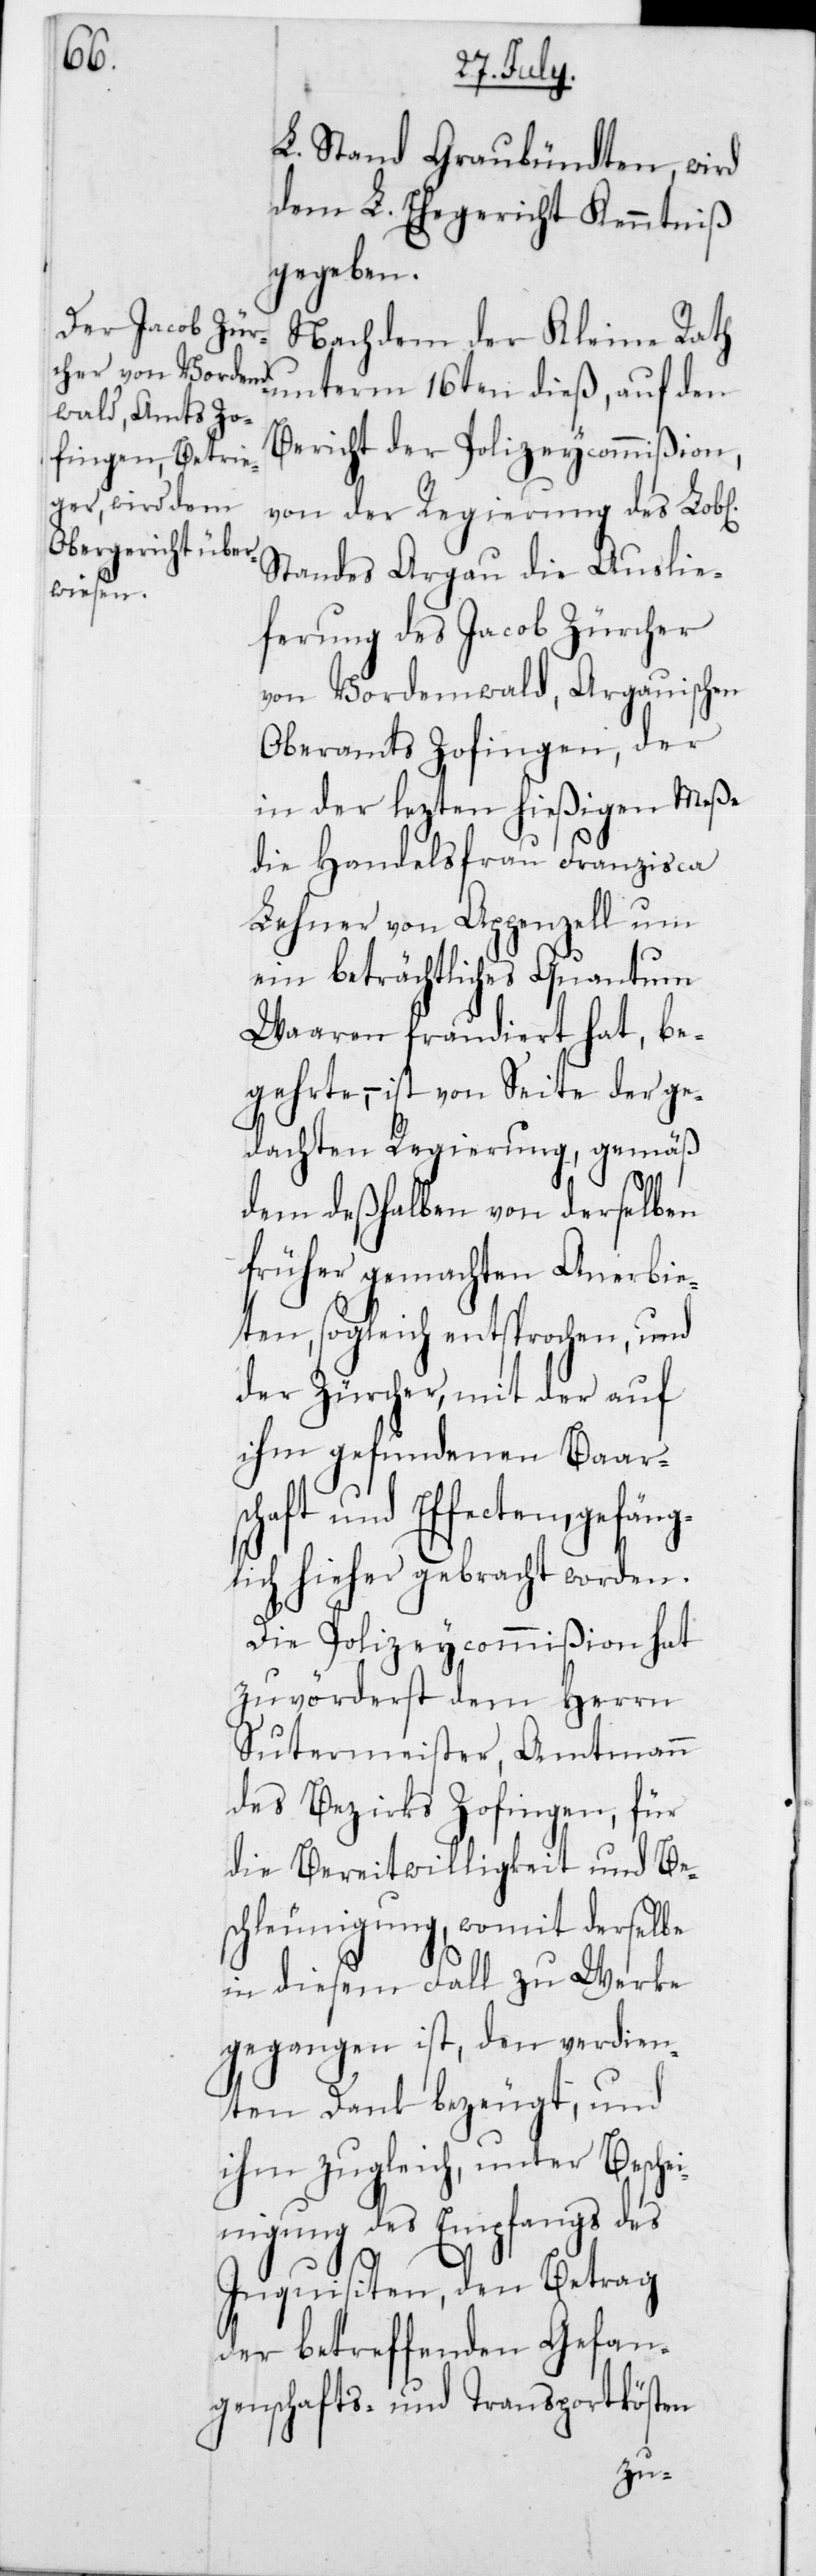
L. Stand Graubündten, wird
dem L. Ehegericht Kenntniß
gegeben.
Nachdem der Kleine Rath
Bericht der Polizeycommißion,
von der Regierung des Lob[l¬
Standes Argau die Auslie¬
gefäng¬
ferung des Jacob Zürcher
von Vordemwald, Argauischen
Oberamts Zofingen, der
in der lezten hießigen Meße
die Handelsfrau Franzisca
Lehner von Appenzell um
ein beträchtliches Quantum
Waaren fraudiert hat, be¬
gehrte, – ist von Seite der ge¬
dachten Regierung, gemäß
dem deßhalben von derselben
früher gemachten Anerbie¬
ten, sogleich entsprochen, und
der Zürcher, mit der auf
ihm gefundenen Baar¬
schaft und Effecten,
lich hieher gebracht worden.
Die Polizeycommißion hat
zuvörderst dem Herrn
Sutermeister, Amtmann
des Bezirks Zofingen, für
die Bereitwilligkeit und Be¬
schleunigung, womit derselbe
in diesem Fall zu Werke
gegangen ist, den verdien¬
ten Dank bezeugt, und
ihm zugleich unter Beschei¬
nigung des Empfangs des
Inquisiten, den Betrag
der betreffenden Gefan¬
genschafts- und Transportkösten